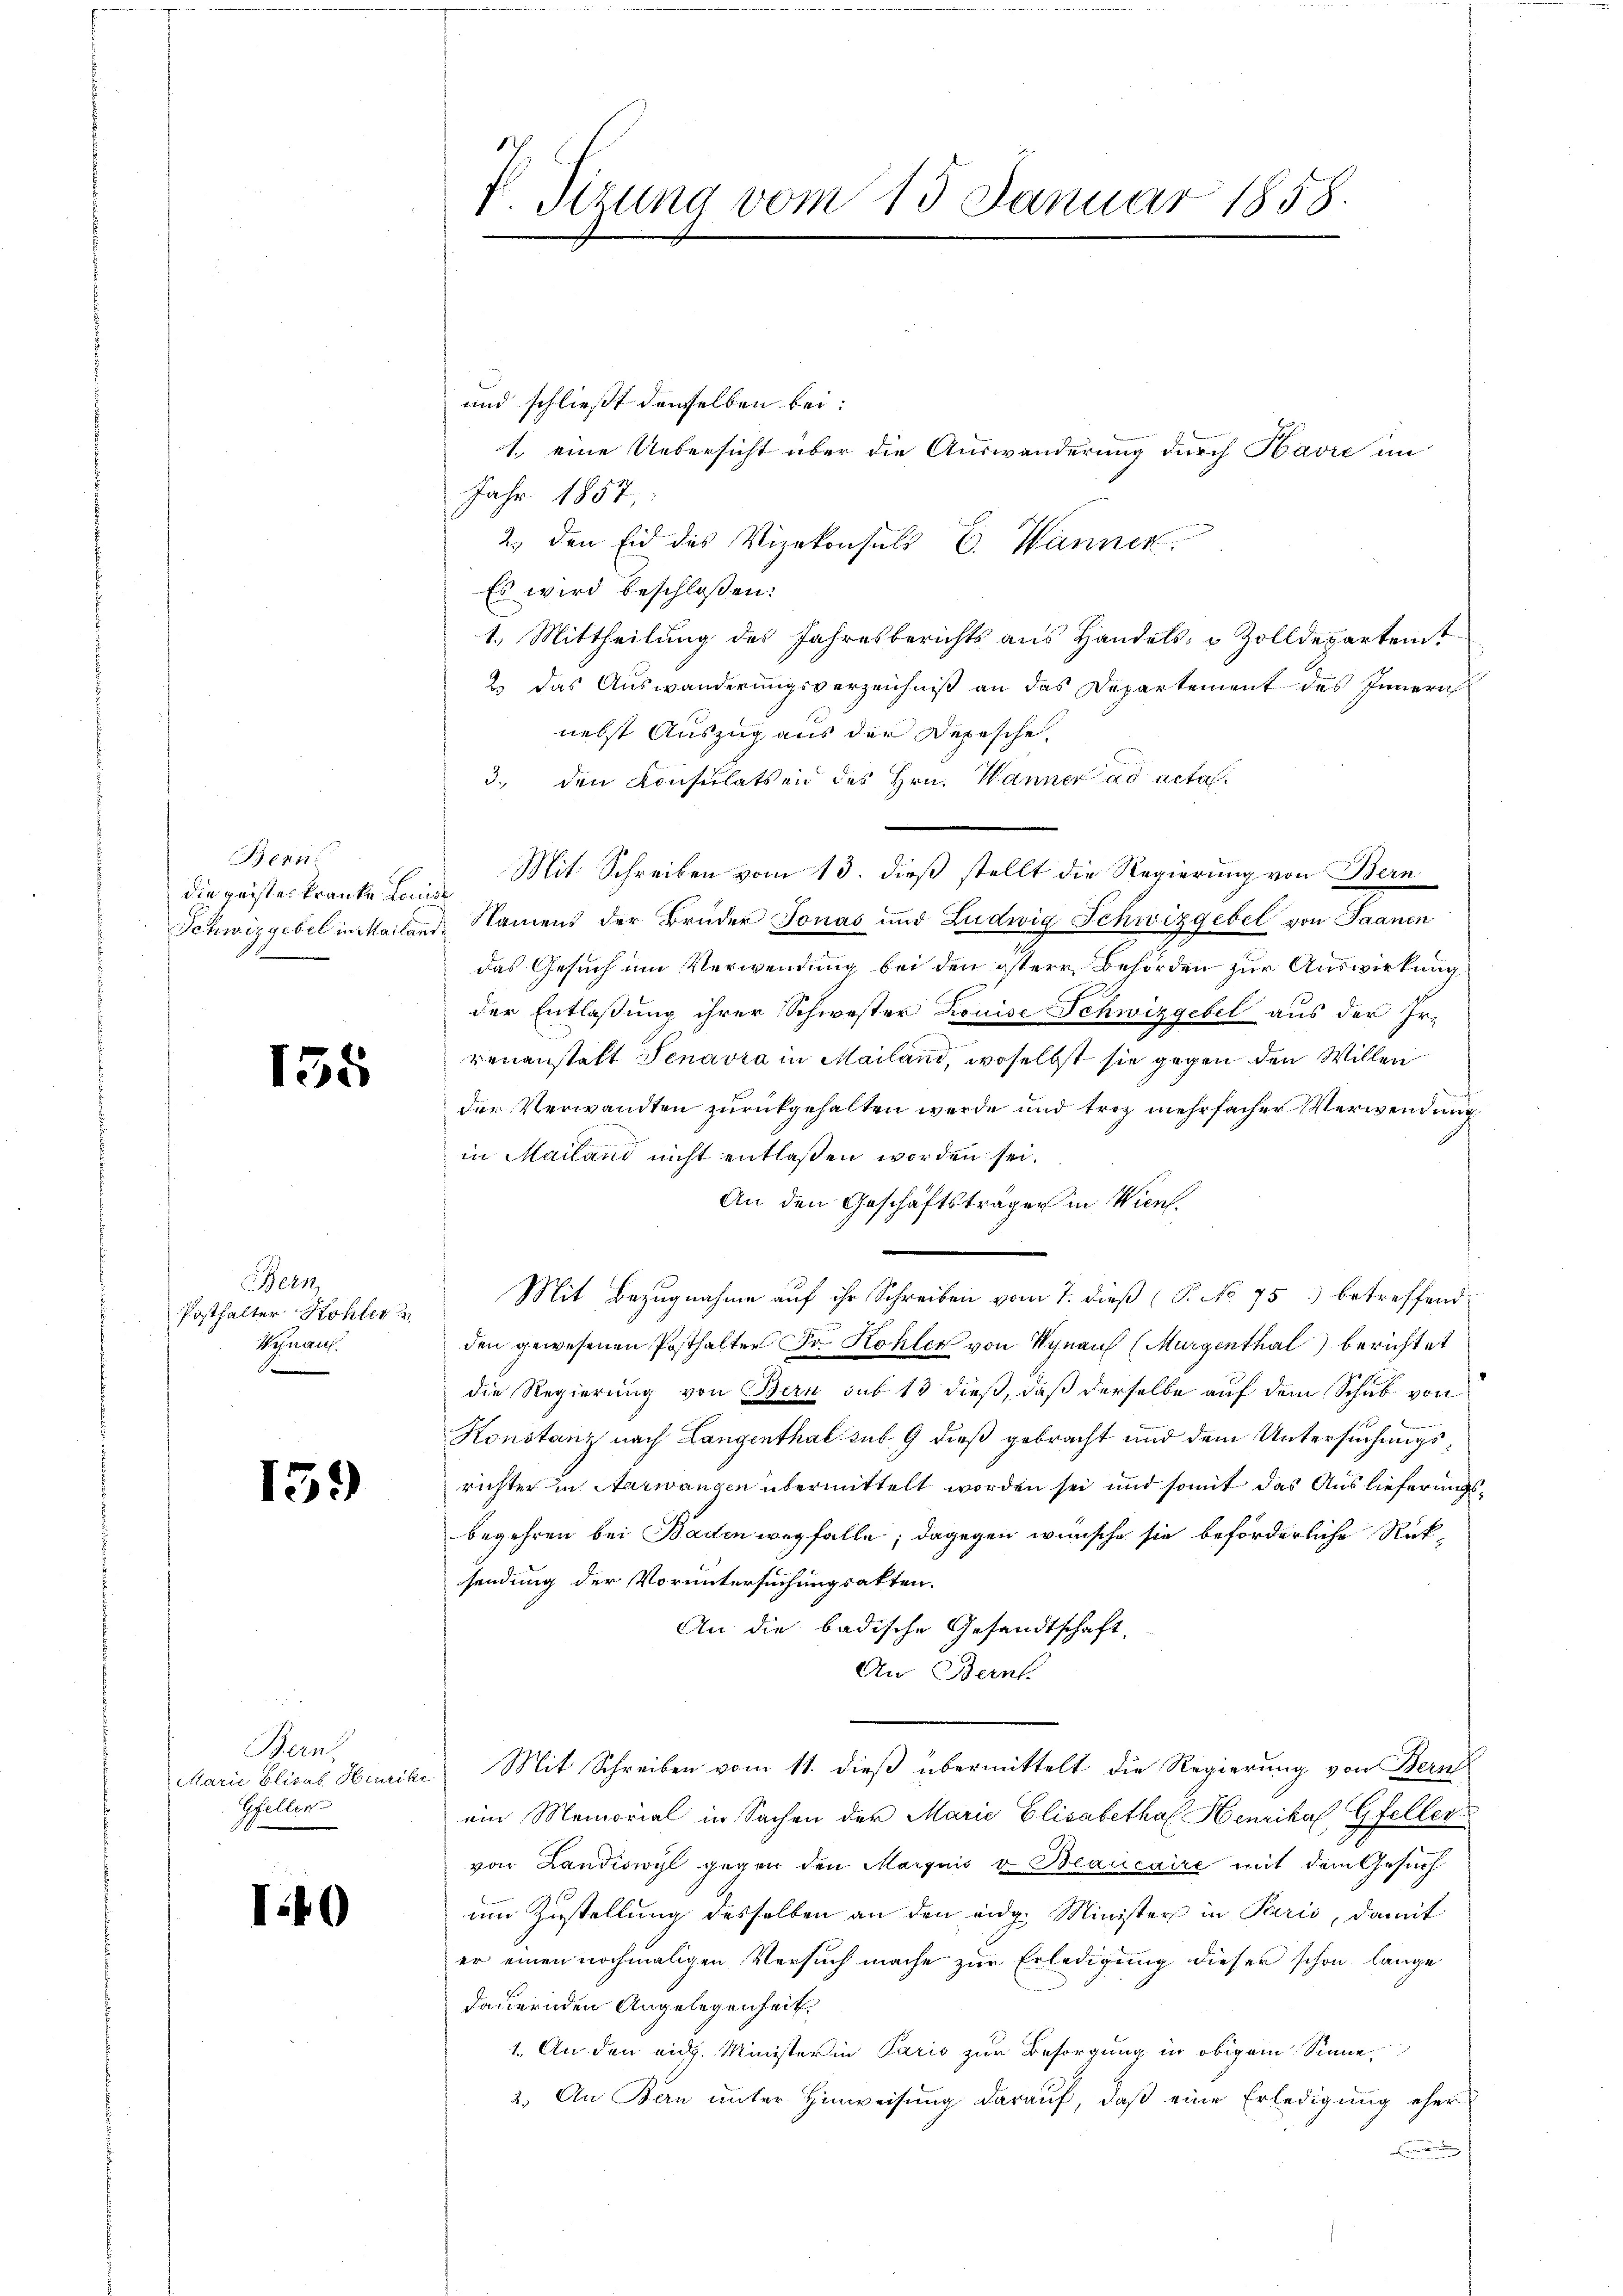
Benn
die geistes kranke Honig

155

Bern
Posthalter Hohler u
Weinaus.
.

159

Bern,
Marie Elisab. Hinrike
Gfeller

140

V. Tizung vom 15. Januar 1858.

und schließt denselben bei:
Jahr 1857,
2. den Eid des Vizekonsuls C. Wannen.
Es wird beschloßen:
1.) Mittheilung des Jahresberichts aus Handels- & Zolldepartent
2. das Auswanderungsverzeichniß an das Departement des Innern
nebst Auszug aus der Depesche.
3. den Konsulatsend des Hrn. Wanner ad acta
Mit Schreiben vom 13. dieß stellt die Regierung von Bern
Schwizgebel in Mailand, Namens der Brüder Jonas und Ludwig Schwizgebel von Saanen
das Gesuch im Verwendung bei den östere Behörden zur Auswirkung
der Entlaßung ihrer Schwester Louise Schwizgebel aus der Irrenanstatt Jenavra in Mailand, woselbst sie gegen den Willen
der Verwandten zurückgehalten werde und trotz mehrfacher Verwendung
in Mailand nicht entlassen worden sei.
An den Geschäftsträger in Wien.
Mit Bezugnahme auf ihr Schreiben vom 7. dieß (P. No 75.) betreffend
den gewesenen Posthalter Fr. Kohler von Kynau (Murgenthal) berichtet
die Regierung von Bern sub 13 dieß, daß derselbe auf dem Schub von
Konstanz nach Langenthal sub. 9 dieß gebracht und dem Untersuchungsrichter in Aarwangen übermittelt worden sei und somit das Auslieferungsbegehren bei Baden wegfalle; dagegen wünsche sie beförderliche Rücksendung der Voruntersuchungsakten.
An die badische Gesandtschaft,
An Bern.
Mit Schreiben vom 11. dieß übermittelt die Regierung von Bern
ein Memorial in Sachen der Marie Elisabetha Henrika Gfeller
von Landiwyl gegen den Marquis v. Beaucaire mit dem Gesuch
um Zustellung desselben an den eidg. Minister in Paris, damit
er einen nochmaligen Versuch mache zur Erledigung dieser schon lange
dauernden Angelegenheit
1. An den eidg. Minister in Paris zur Besorgung in obigem Sinne
2.) An Bau unter Hinweisung darauf, daß eine Erledigung eher

1. eine Uebersicht über die Auswanderung durch Havre im